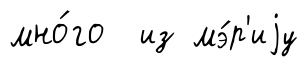
мно́го из мэ́р'иjу